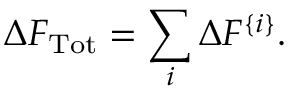
\Delta F _ { \mathrm { T o t } } = \sum _ { i } \Delta F ^ { \{ i \} } .